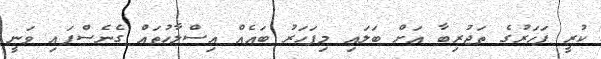
ކުރީ ފަހަރުގެ ތަޖުރިބާ އަށް ބަލައި މިފަހަރު ބައެއް އިސްލާހުތައް ގެނެސްފައި ވަނީ